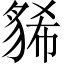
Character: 𧳐